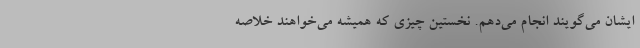
ایشان می‌گویند انجام می‌دهم. نخستین چیزی که همیشه می‌خواهند خلاصه